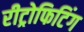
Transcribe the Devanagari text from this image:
रीट्रोफिटिंग